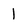
Character: 1